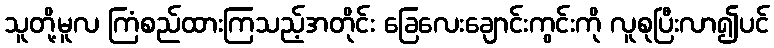
သူတို့မူလ ကြံစည်ထားကြသည့်အတိုင်း ခြေလေးချောင်းကွင်းကို လူစုပြီးလာ၍ပင်